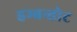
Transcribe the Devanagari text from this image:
हम्बन्तोट